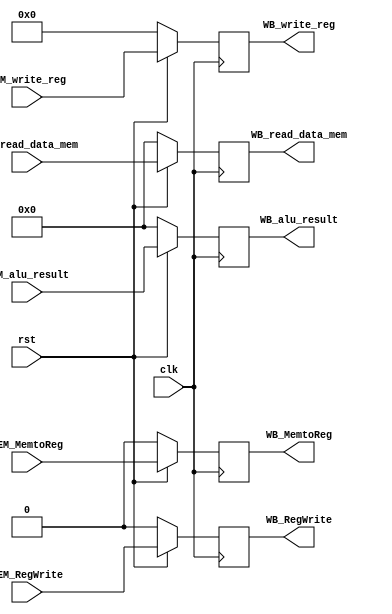
`timescale 1ns / 1ps
//////////////////////////////////////////////////////////////////////////////////
// Company: 
// Engineer: 
// 
// Design Name: 
// Module Name: MEM_WB
// Project Name: 
// Target Devices: 
// Tool Versions: 
// Description: 
// 
// Dependencies: 
// 
// Revision:
// Revision 0.01 - File Created
// Additional Comments:
// 
//////////////////////////////////////////////////////////////////////////////////


module MEM_WB(clk, rst, MEM_MemtoReg, MEM_RegWrite, MEM_read_data_mem, MEM_alu_result, MEM_write_reg,
     WB_MemtoReg, WB_RegWrite, WB_read_data_mem, WB_alu_result, WB_write_reg);
     input MEM_MemtoReg, MEM_RegWrite, clk, rst;
     output  reg WB_MemtoReg, WB_RegWrite;
     input [4:0]MEM_write_reg;
     output reg [4:0]WB_write_reg;
     input [31:0]MEM_read_data_mem, MEM_alu_result;
     output reg [31:0]WB_read_data_mem, WB_alu_result;
     always @(posedge clk)begin
        WB_MemtoReg<=(rst==1'b0)?0:MEM_MemtoReg;
        WB_RegWrite<=(rst==1'b0)?0:MEM_RegWrite;
        WB_write_reg<=(rst==1'b0)?0:MEM_write_reg;
        WB_read_data_mem<=(rst==1'b0)?0:MEM_read_data_mem;
        WB_alu_result<=(rst==1'b0)?0:MEM_alu_result;
     end
endmodule